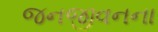
જનજીવનના